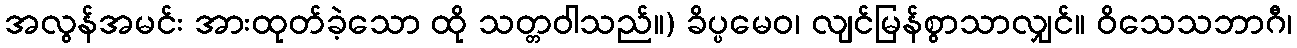
အလွန်အမင်း အားထုတ်ခဲ့သော ထို သတ္တဝါသည်။) ခိပ္ပမေဝ၊ လျင်မြန်စွာသာလျှင်။ ဝိသေသဘာဂီ၊